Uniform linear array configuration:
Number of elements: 8
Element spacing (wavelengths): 0.75
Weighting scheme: cosine
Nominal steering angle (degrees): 45
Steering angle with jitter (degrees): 46.055
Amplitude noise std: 0.05
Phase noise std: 0.05

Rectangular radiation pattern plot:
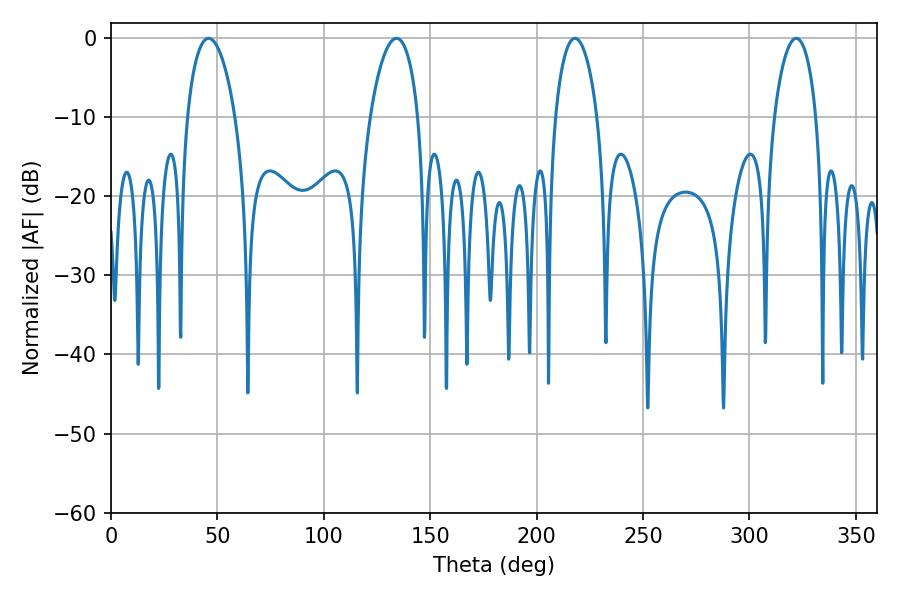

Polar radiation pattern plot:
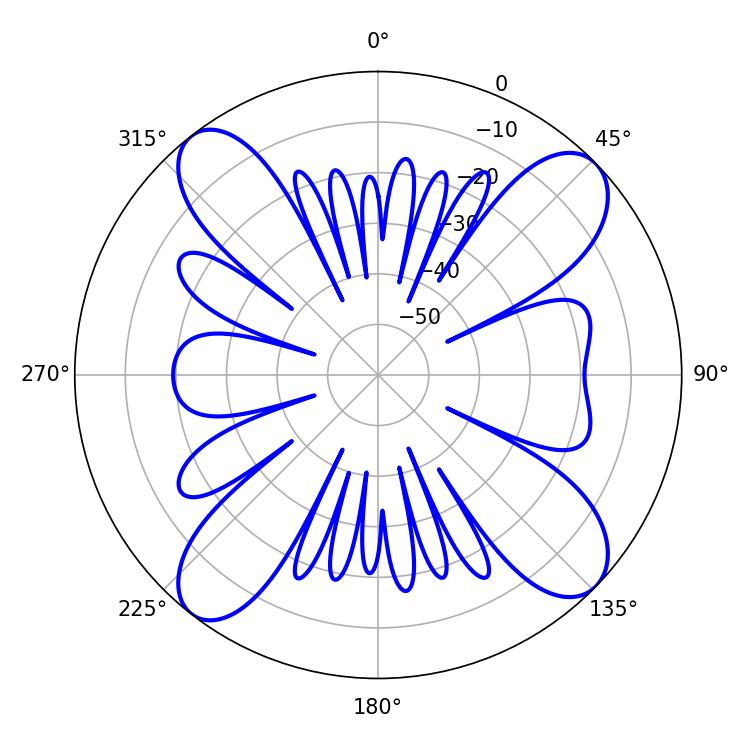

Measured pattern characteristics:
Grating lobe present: TRUE
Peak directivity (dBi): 13.647
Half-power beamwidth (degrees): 11.16
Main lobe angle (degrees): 217.98